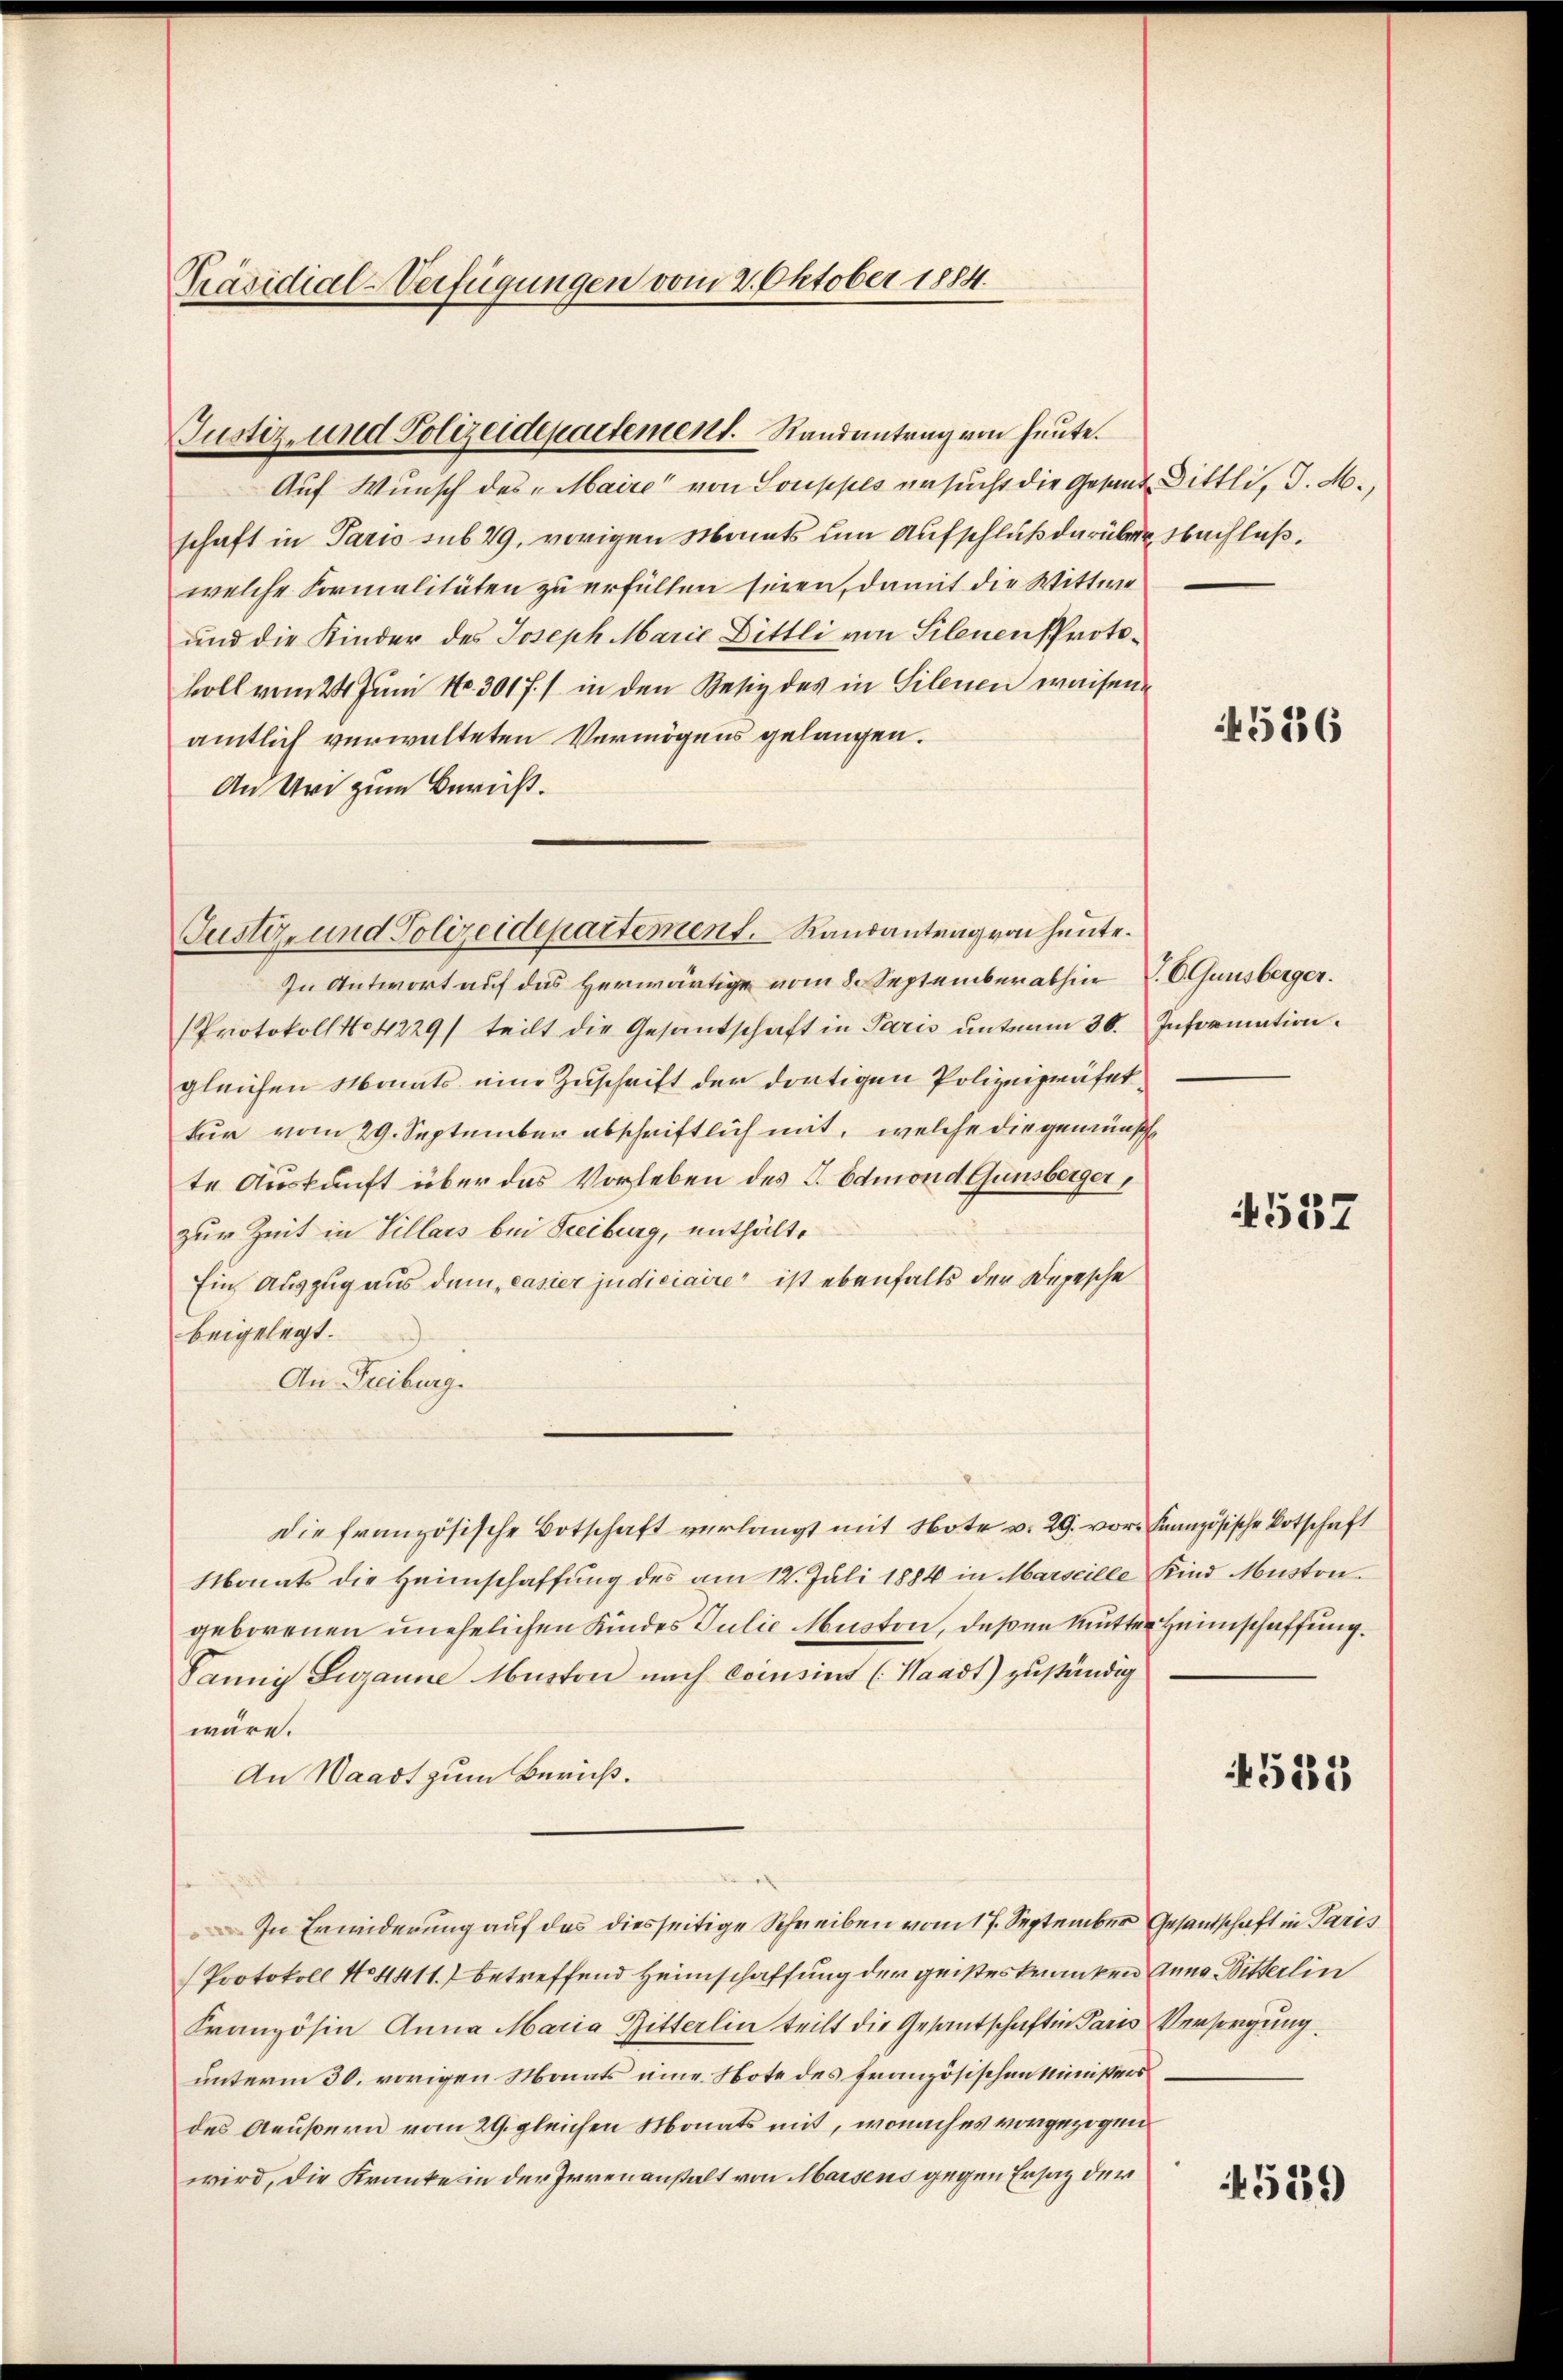
Präsidial-Verfügungen vom 2. Oktober 1884.

Auf Wunsch des „Maire“ von Souppes ersucht die Gesand Bittli, d. M.,
schaft in Paris sub 29, vorigen Mants um Aufschluß darüber Nachlaßwelche Formalitäten zu erfüllen seien, damit die Wittwe
und die Kinder des Joseph Marie Bittli von Silenen Protokoll vom 24. Juni Nr. 301 f.) in den Besiz des in Silenen waisen
amtlich verwalteten Vermögens gelangen.
An Uri zum Bericht.
In Antwort auf das Herwärtige vom 8. September abhin, V. C. Gensberger.
Protokoll No 4229/ teilt die Gesandschaft in Paris unterm 30. Information
gleichen Monats eine Zuschrift der dortigen Polizeipräsettur vom 29. September abschriftlich mit, welche die gewünsch
te Auskunft über das Vorleben des P. Edmond Gunsberger,
zur Zeit in Villars bei Freiburg, enthälte
Ein Auszug aus dem „Pasier judiciaire ist ebenfalls der Depesche
beigelegt.
An Freiburg.
Die französische Botschaft verlangt mit Note v. 29. vor Französische Botschaft
Monats die Heimschaffung des am 12. Juli 1884 in Marseille Kind Muston.
geborenen unehelichen Kindes Julie Muston, deßen Mutter Heimschaffung.
Pany Luganne Muston nach Einsins (Waadt) zuständig
wäre.
An Waadt zum Bericht.
In Erwiderung auf das diesseitige Schreiben vom 17. September Gesandtschaft in Paris
Protokoll No 4411. betreffend Heimschaffung der geisteskranken Anna Bitterlin
Französin Anna Maria Bitterlin teilt die Gesantschaft in Paris Versorgung
unterm 30. vorigen Monats eine Note des französischen Ministers
des Aeußern vom 29. gleichen Monats mit, wonach es vorgezogen
wird, die Kranke in der Irrenanstalt von Marsens gegen Ersatz der

Justiz- und Polizeidepartement. Randantrag von heute.

Justiz- und Polizeidepartement. Randantrag von heute.

4526

1557

45185

4529)